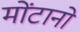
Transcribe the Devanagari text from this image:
मोंटानो